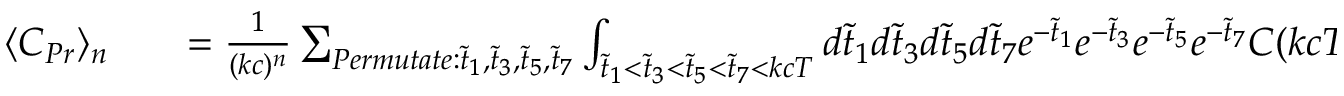
\begin{array} { r l r } { \langle C _ { P r } \rangle _ { n } } & { { } } & { = \frac { 1 } { ( k c ) ^ { n } } \sum _ { P e r m u t a t e : \tilde { t } _ { 1 } , \tilde { t } _ { 3 } , \tilde { t } _ { 5 } , \tilde { t } _ { 7 } } \int _ { \tilde { t } _ { 1 } < \tilde { t } _ { 3 } < \tilde { t } _ { 5 } < \tilde { t } _ { 7 } < k c T } d \tilde { t } _ { 1 } d \tilde { t } _ { 3 } d \tilde { t } _ { 5 } d \tilde { t } _ { 7 } e ^ { - \tilde { t } _ { 1 } } e ^ { - \tilde { t } _ { 3 } } e ^ { - \tilde { t } _ { 5 } } e ^ { - \tilde { t } _ { 7 } } C ( k c T - \tilde { t } _ { 7 } ) ^ { n } } \end{array}